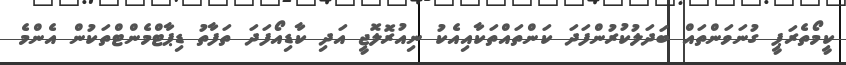
ކީމޯތެރަޕީ ގުނަވަންތައް ބަދަލުކުރުންފަދަ ކަންތައްތަކާއިއެކު ނިއުރޮލޮޖީ އަދި ކާޑިއޯފަދަ ތަފާތު ޑިޕާޓްމެންޓްތަކުން އެންމެ